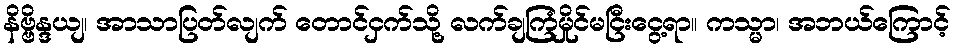
နိဗ္ဗိန္ဒယျ၊ အာသာပြတ်လျက် တောင်ငှက်သို့ လက်ချကြံမှိုင်မငြီးငွေ့ရာ။ ကသ္မာ၊ အဘယ်ကြောင့်